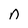
Character: n